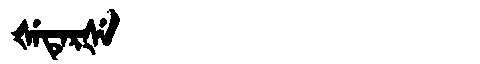
Manchu: ᡧᡝᡨᡝᡵᡧᡝ
Romanization: ŠETERŠE